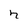
Character: h